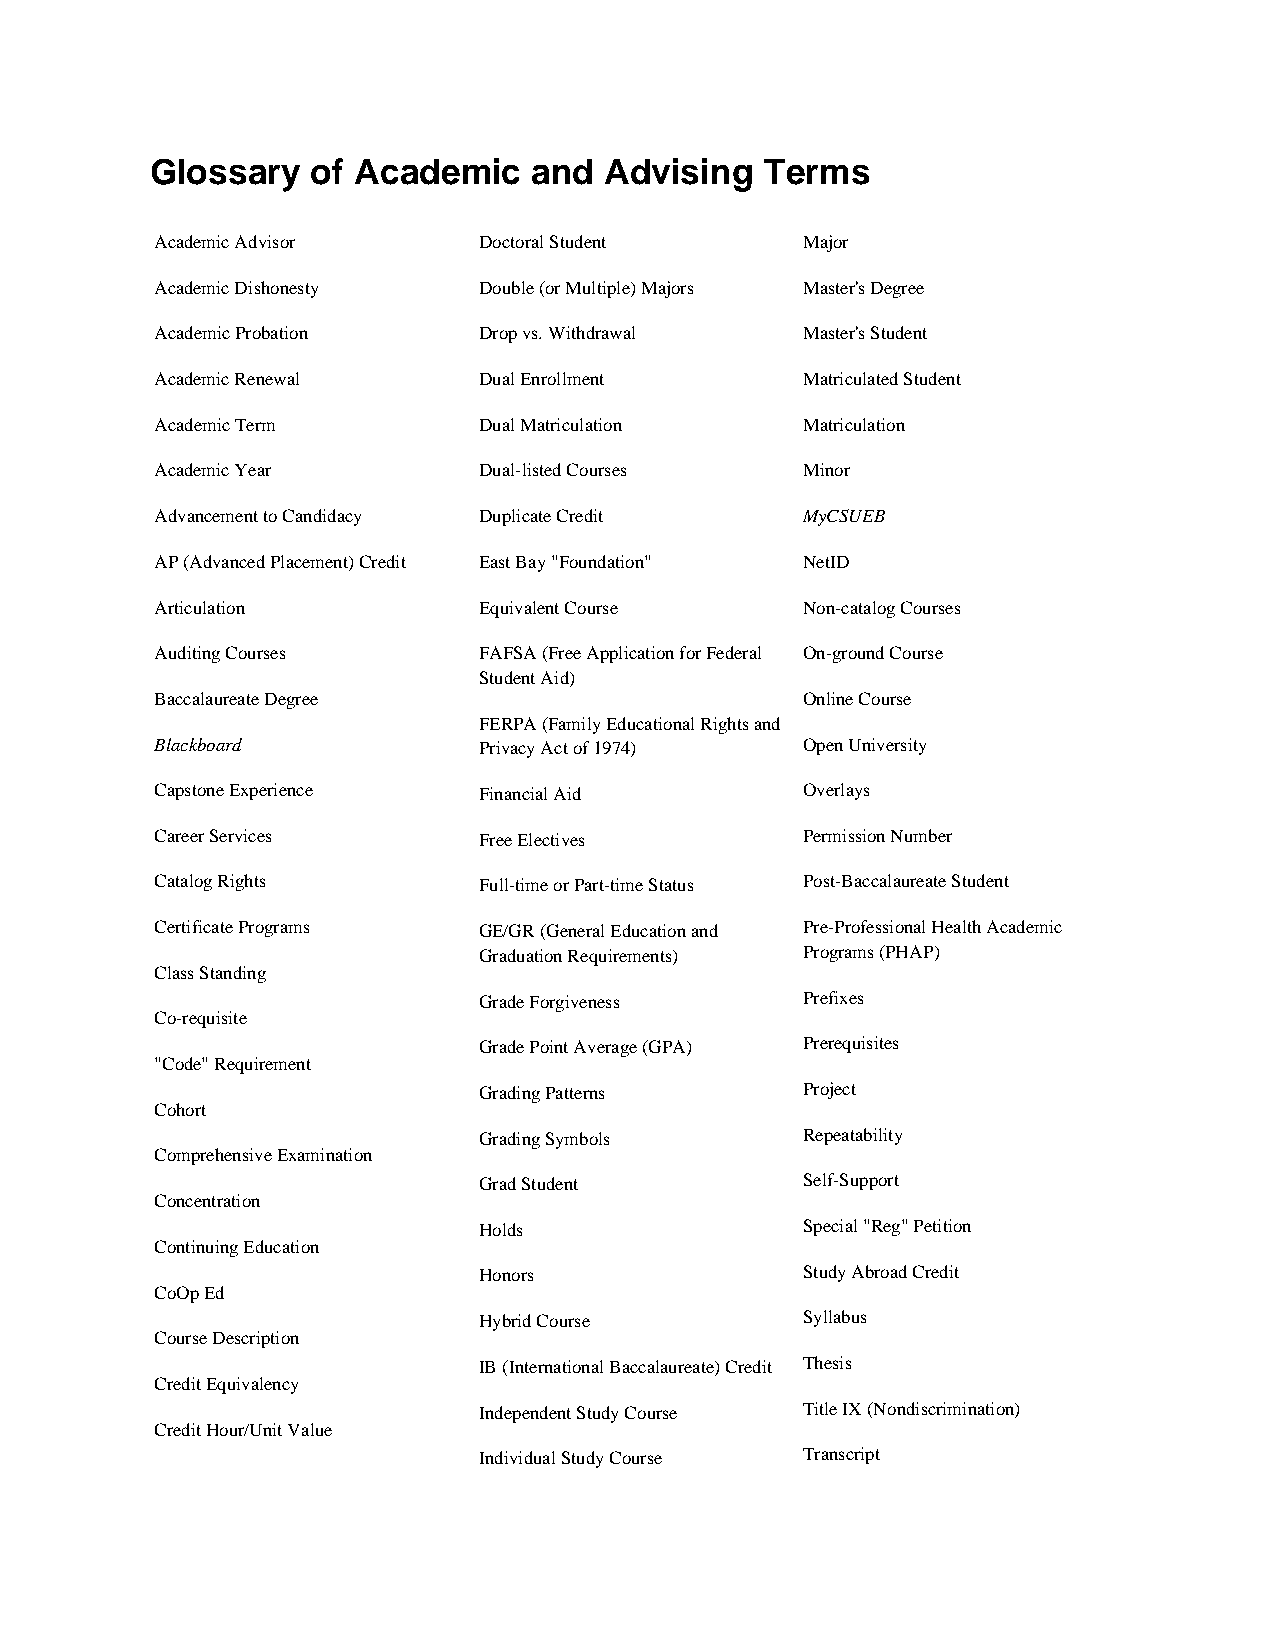
Glossary   of Academic   and  Advising   Terms
 Academic Advisor      Doctoral Student     Major
 Academic Dishonesty   Double (or Multiple) Majors Master's Degree
 Academic Probation    Drop vs. Withdrawal  Master's Student
 Academic Renewal      Dual Enrollment      Matriculated Student
 Academic Term         Dual Matriculation   Matriculation
 Academic Year         Dual-listed Courses  Minor
 Advancement to Candidacy Duplicate Credit  MyCSUEB
 AP (Advanced Placement) Credit East Bay "Foundation" NetID
 Articulation          Equivalent Course    Non-catalog Courses
 Auditing Courses      FAFSA (Free Application for Federal On-ground Course
 Student Aid)
 Baccalaureate Degree                       Online Course
 FERPA (Family Educational Rights and
 Blackboard            Privacy Act of 1974) Open University
 Capstone Experience   Financial Aid        Overlays
 Career Services       Free Electives       Permission Number
 Catalog Rights        Full-time or Part-time Status Post-Baccalaureate Student
 Certificate Programs  GE/GR (General Education and Pre-Professional Health Academic
 Graduation Requirements) Programs (PHAP)
 Class Standing
 Grade Forgiveness    Prefixes
 Co-requisite
 Grade Point Average (GPA) Prerequisites
 "Code" Requirement
 Grading Patterns     Project
 Cohort
 Grading Symbols      Repeatability
 Comprehensive Examination
 Grad Student         Self-Support
 Concentration
 Holds                Special "Reg" Petition
 Continuing Education
 Honors               Study Abroad Credit
 CoOp Ed
 Hybrid Course        Syllabus
 Course Description
 IB (International Baccalaureate) Credit Thesis
 Credit Equivalency
 Independent Study Course Title IX (Nondiscrimination)
 Credit Hour/Unit Value
 Individual Study Course Transcript